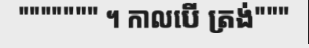
""""""" ។ កាលបើ ត្រង់"""